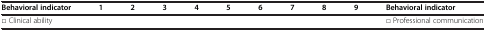
| Behavioral indicator | 1 | 2 | 3 | 4 | 5 | 6 | 7 | 8 | 9 | Behavioral indicator |
 | --- | --- | --- | --- | --- | --- | --- | --- | --- | --- | --- |
 | □ Clinical ability |  |  |  |  |  |  |  |  |  | □ Professional communication |